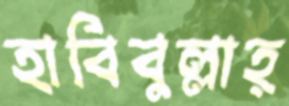
হাবিবুল্লাহ্